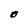
Character: O